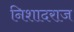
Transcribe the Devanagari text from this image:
निशादराज